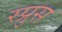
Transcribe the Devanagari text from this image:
स्प्रुस